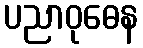
ပညာဝုဓေန